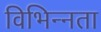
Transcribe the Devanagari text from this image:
विभिन्‍नता